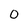
Character: O